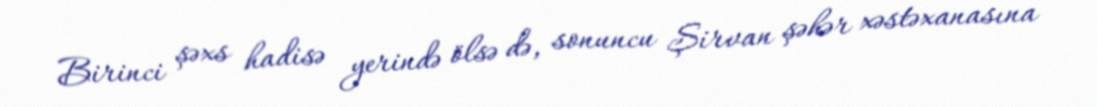
Birinci şəxs hadisə yerində ölsə də, sonuncu Şirvan şəhər xəstəxanasına